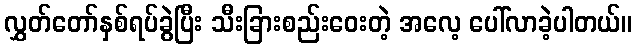
လွှတ်တော်နှစ်ရပ်ခွဲပြီး သီးခြားစည်းဝေးတဲ့ အလေ့ ပေါ်လာခဲ့ပါတယ်။